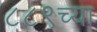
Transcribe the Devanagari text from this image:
८८९च्या